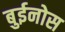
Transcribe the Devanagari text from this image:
बुईनोस